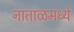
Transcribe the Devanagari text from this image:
नाताळमध्ये